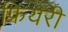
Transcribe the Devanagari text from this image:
फ्रियरी